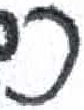
אות: כ